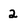
Character: 2